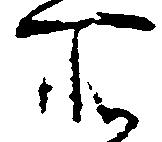
所